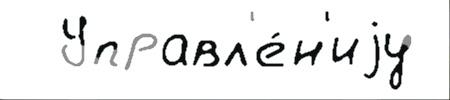
  Управл'е́н'иjу